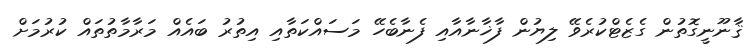
ޤާނޫނީގޮތުން ގެޒެޓްކުރެވޭ ލިޔުން ފާޚާނާއާއި ފެނާބެހޭ މަސައްކަތާއި އިތުރު ބައެއް މަރާމާތުތައް ކުރުމަށް